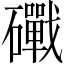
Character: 𥗜